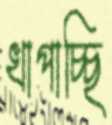
খাপাচ্ছি